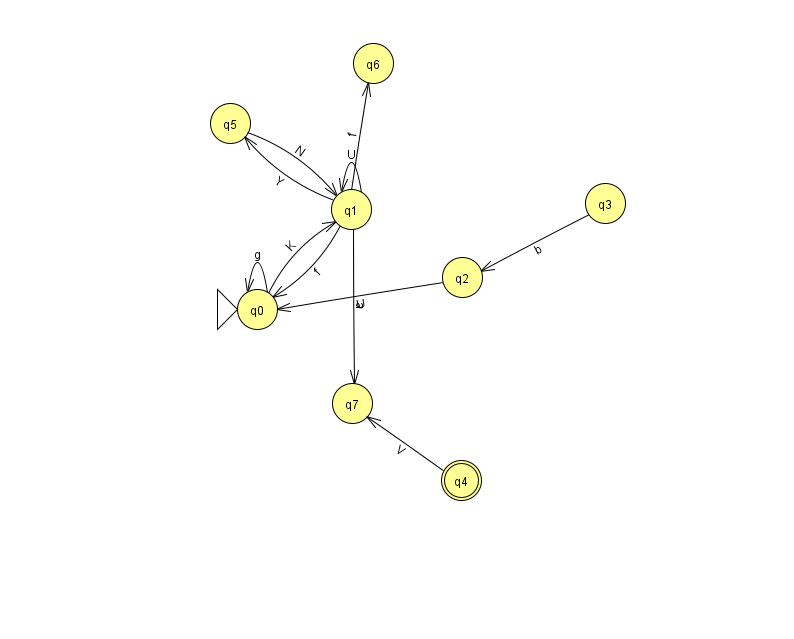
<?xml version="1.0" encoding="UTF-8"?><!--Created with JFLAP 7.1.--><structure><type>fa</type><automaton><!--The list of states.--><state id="0" name="q0"><x>257.0</x><y>296.0</y><initial/></state><state id="1" name="q1"><x>351.0</x><y>196.0</y></state><state id="2" name="q2"><x>462.0</x><y>264.0</y></state><state id="3" name="q3"><x>605.0</x><y>190.0</y></state><state id="4" name="q4"><x>461.0</x><y>467.0</y><final/></state><state id="5" name="q5"><x>230.0</x><y>110.0</y></state><state id="6" name="q6"><x>373.0</x><y>50.0</y></state><state id="7" name="q7"><x>352.0</x><y>390.0</y></state><!--The list of transitions.--><transition><from>0</from><to>1</to><read>K</read></transition><transition><from>1</from><to>6</to><read>f</read></transition><transition><from>3</from><to>2</to><read>b</read></transition><transition><from>5</from><to>1</to><read>N</read></transition><transition><from>1</from><to>5</to><read>Y</read></transition><transition><from>1</from><to>1</to><read>U</read></transition><transition><from>0</from><to>0</to><read>g</read></transition><transition><from>4</from><to>7</to><read>V</read></transition><transition><from>2</from><to>0</to><read>U</read></transition><transition><from>1</from><to>0</to><read>f</read></transition><transition><from>1</from><to>7</to><read>a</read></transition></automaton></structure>